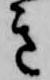
き